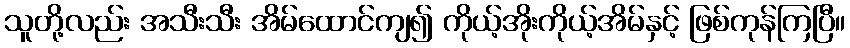
သူတို့လည်း အသီးသီး အိမ်ထောင်ကျ၍ ကိုယ့်အိုးကိုယ့်အိမ်နှင့် ဖြစ်ကုန်ကြပြီ။